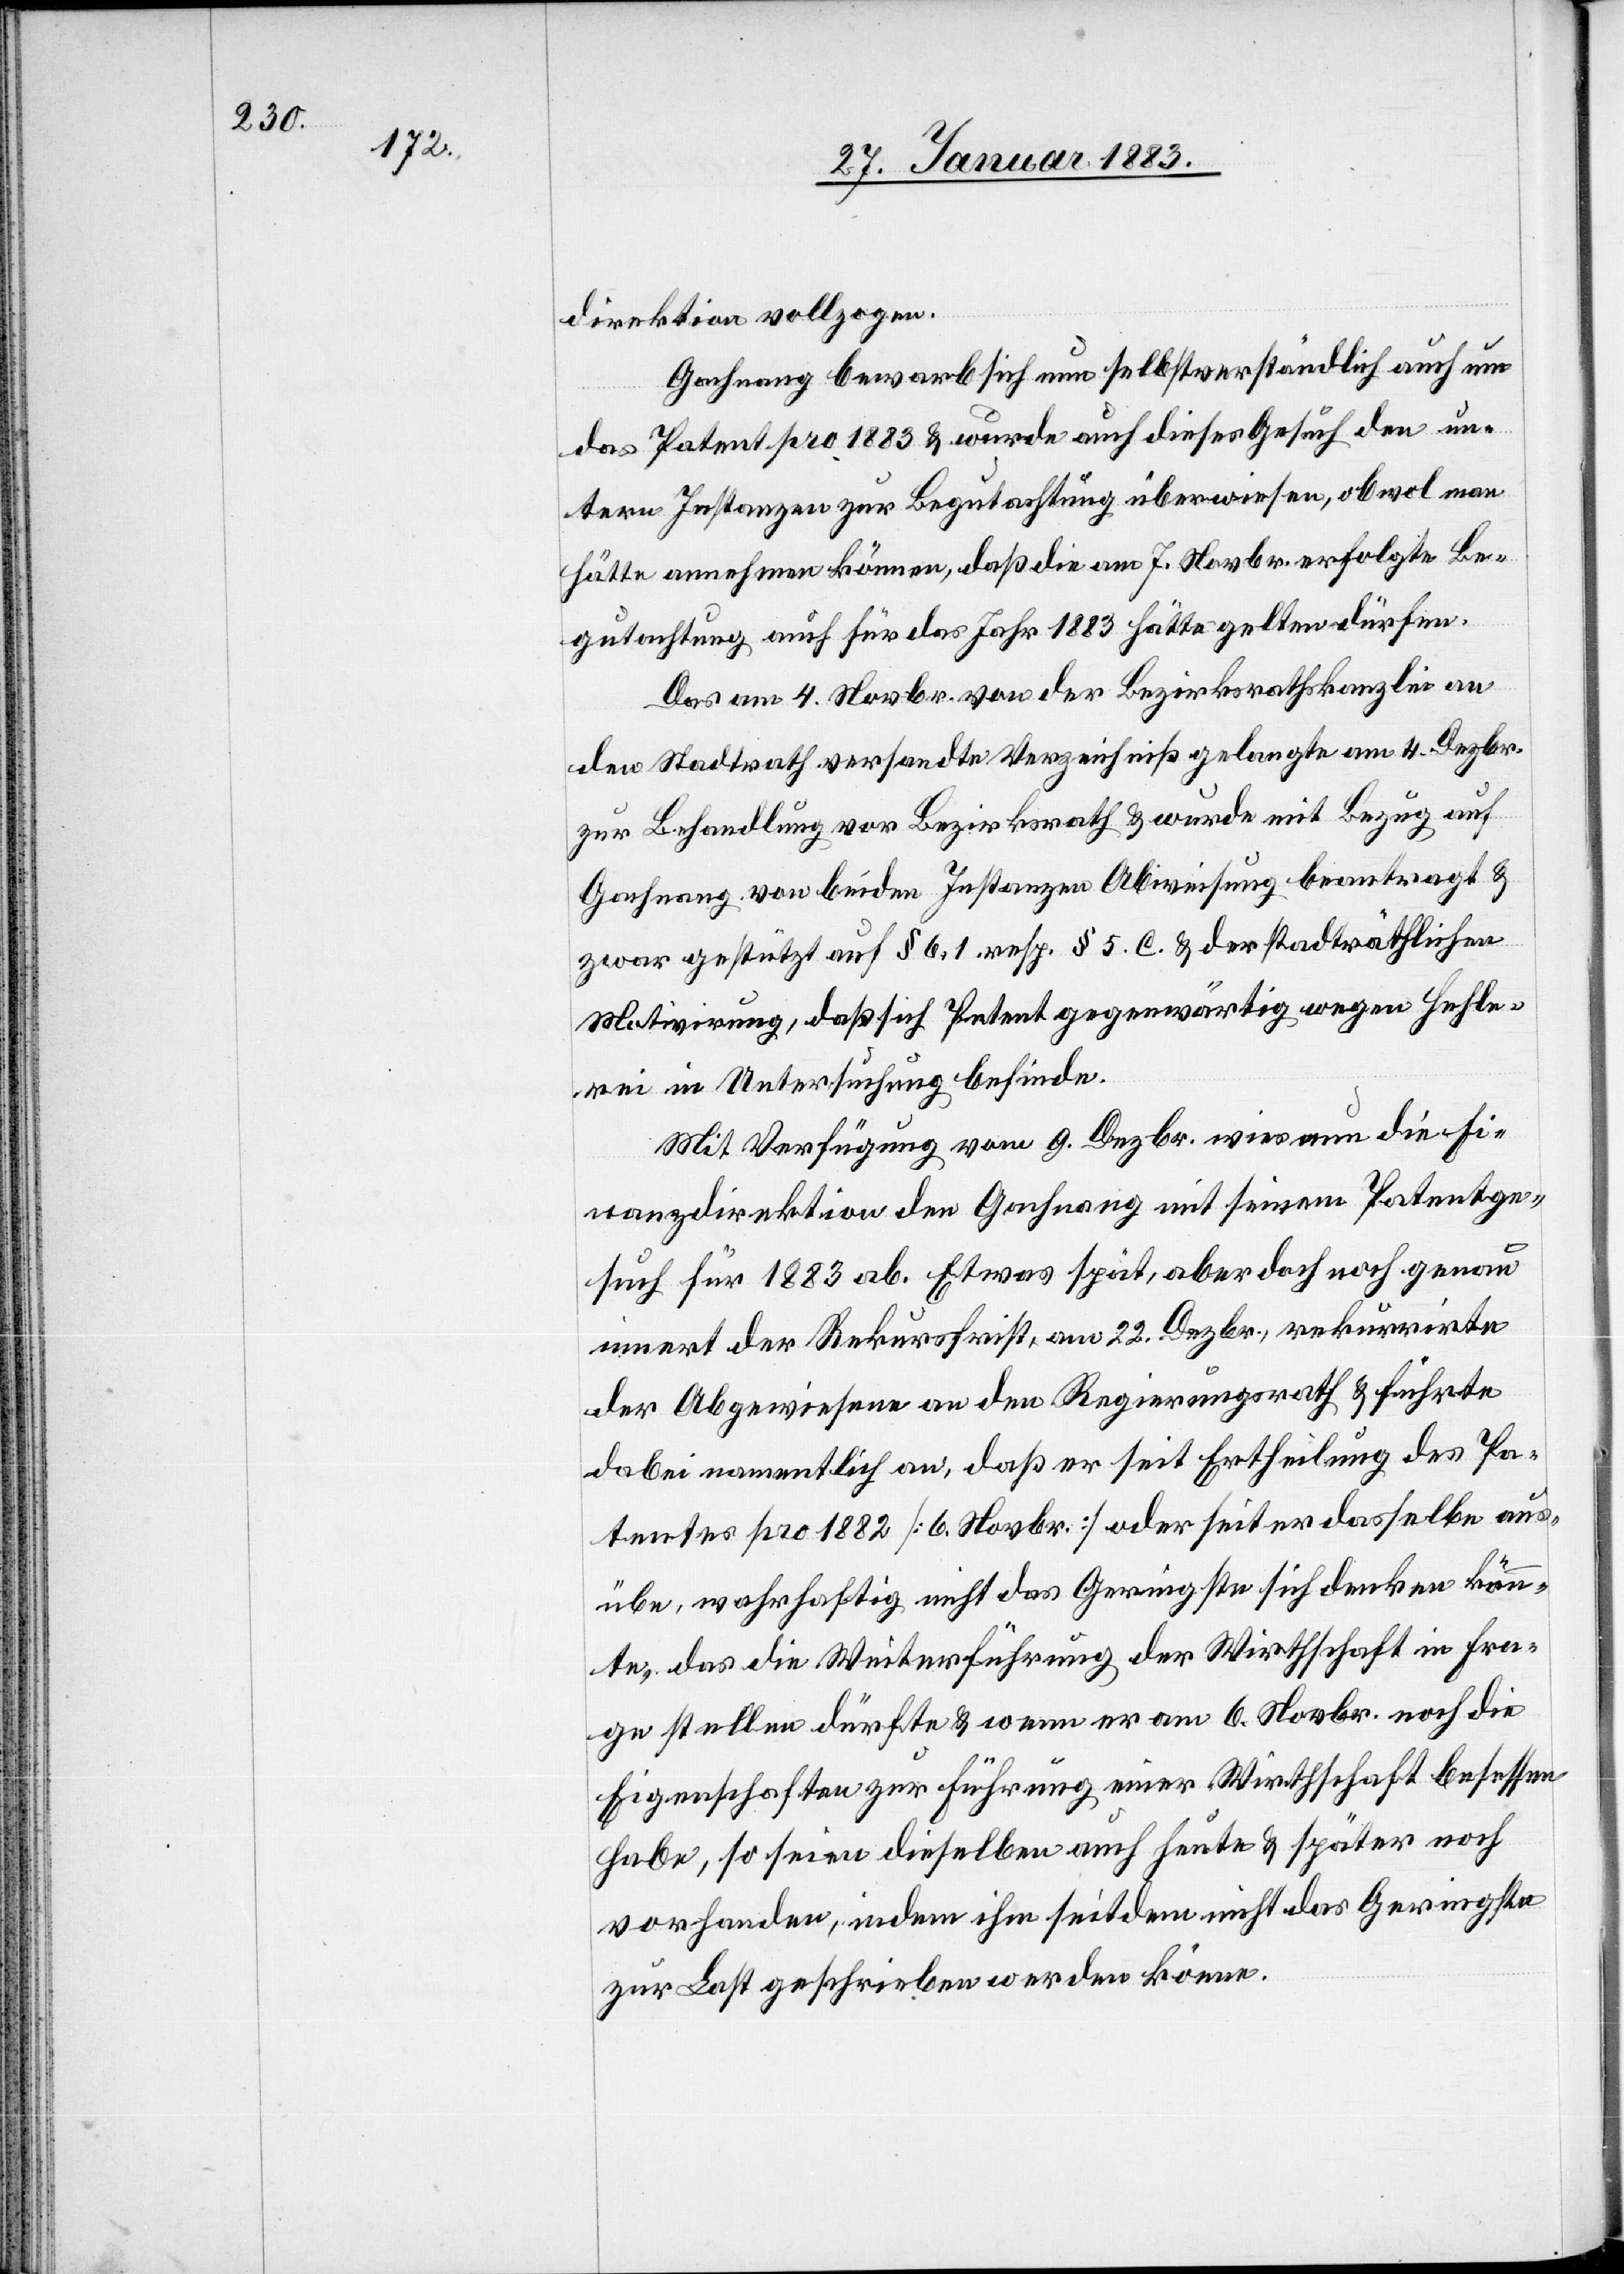
direktion vollzogen.
Gachnang bewarb sich nun selbstverständlich auch um
das Patent pro 1883 & wurde auf dieses Gesuch den un¬
tern Instanzen zur Begutachtung überwiesen, obwol man
hätte annehmen können, daß die am 7. Novbr. erfolgte Be¬
gutachtung auch für das Jahr 1883 hätte gelten dürfen.
Das am 4. Novbr. von der Bezirksrathskanzlei an
den Stadtrath versandte Verzeichniß gelangte am 4. Dezbr.
zur Behandlung vor Bezirksrath & wurde mit Bezug auf
Gachnang von beiden Instanzen Abweisung beantragt &
zwar gestützt auf § 6, 1 resp. § 5. C. & der stadträthlichen
Motivirung, daß sich Petent gegenwärtig wegen Hehle¬
rei in Untersuchung befinde.
Mit Verfügung vom 9. Dezbr. wies nun die Fi¬
nanzdirektion den Gachnang mit seinem Patentge¬
such für 1883 ab. Etwas spät, aber doch noch genau
innert der Rekursfrist, am 22. Dezbr., rekurrirte
der Abgewiesene an den Regierungsrath & führte
dabei namentlich aus, daß er seit Ertheilung des Pa¬
tentes pro 1882 [6. Novbr.] oder seit er dasselbe aus¬
übe, wahrhaftig nicht das Geringste sich denken könn¬
te, das die Weiterführung der Wirthschaft in Fra¬
ge stellen dürfte & wenn er am 6. Novbr. noch die
Eigenschaften zur Führung einer Wirthschaft besessen
habe, so seien dieselben auch heute & später noch
vorhanden, indem ihm seitdem nicht das Geringste
zur Last geschrieben werden könne.